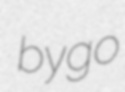
bygo